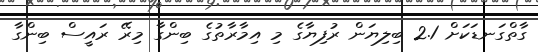
ގާތްގަނޑަކަށް 2.1 ބިލިޔަން ރުފިޔާގެ މި އިމާރާތުގެ ބިންގާ މިރޭ ރައީސް ބިންގާ